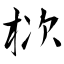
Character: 栨